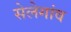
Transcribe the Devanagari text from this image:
सेलेगांव